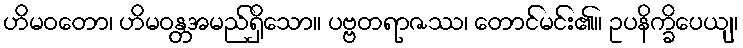
ဟိမဝတော၊ ဟိမဝန္တအမည်ရှိသော။ ပဗ္ဗတရာဇဿ၊ တောင်မင်း၏။ ဥပနိက္ခိပေယျ၊